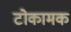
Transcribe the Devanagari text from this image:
टोकामक